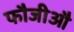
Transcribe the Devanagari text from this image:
फौजीऔ